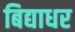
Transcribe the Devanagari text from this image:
बिद्याधर